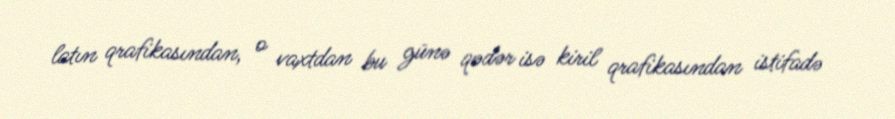
latın qrafikasından, o vaxtdan bu günə qədər isə kiril qrafikasından istifadə